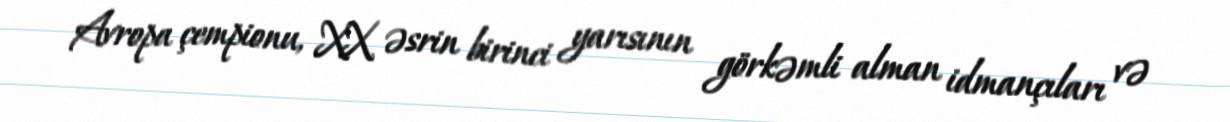
Avropa çempionu, XX əsrin birinci yarısının görkəmli alman idmançıları və